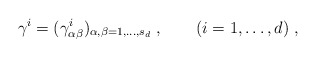
\begin{align*}\gamma^i=(\gamma^i_{\alpha\beta})_{\alpha,\beta=1,\ldots,s_d}\;,\qquad(i=1,\ldots,d)\;,\end{align*}